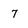
Character: 7